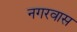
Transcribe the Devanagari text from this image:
नगरवास